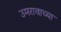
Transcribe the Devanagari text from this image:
उमरावाच्या